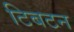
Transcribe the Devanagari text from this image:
टिबटन